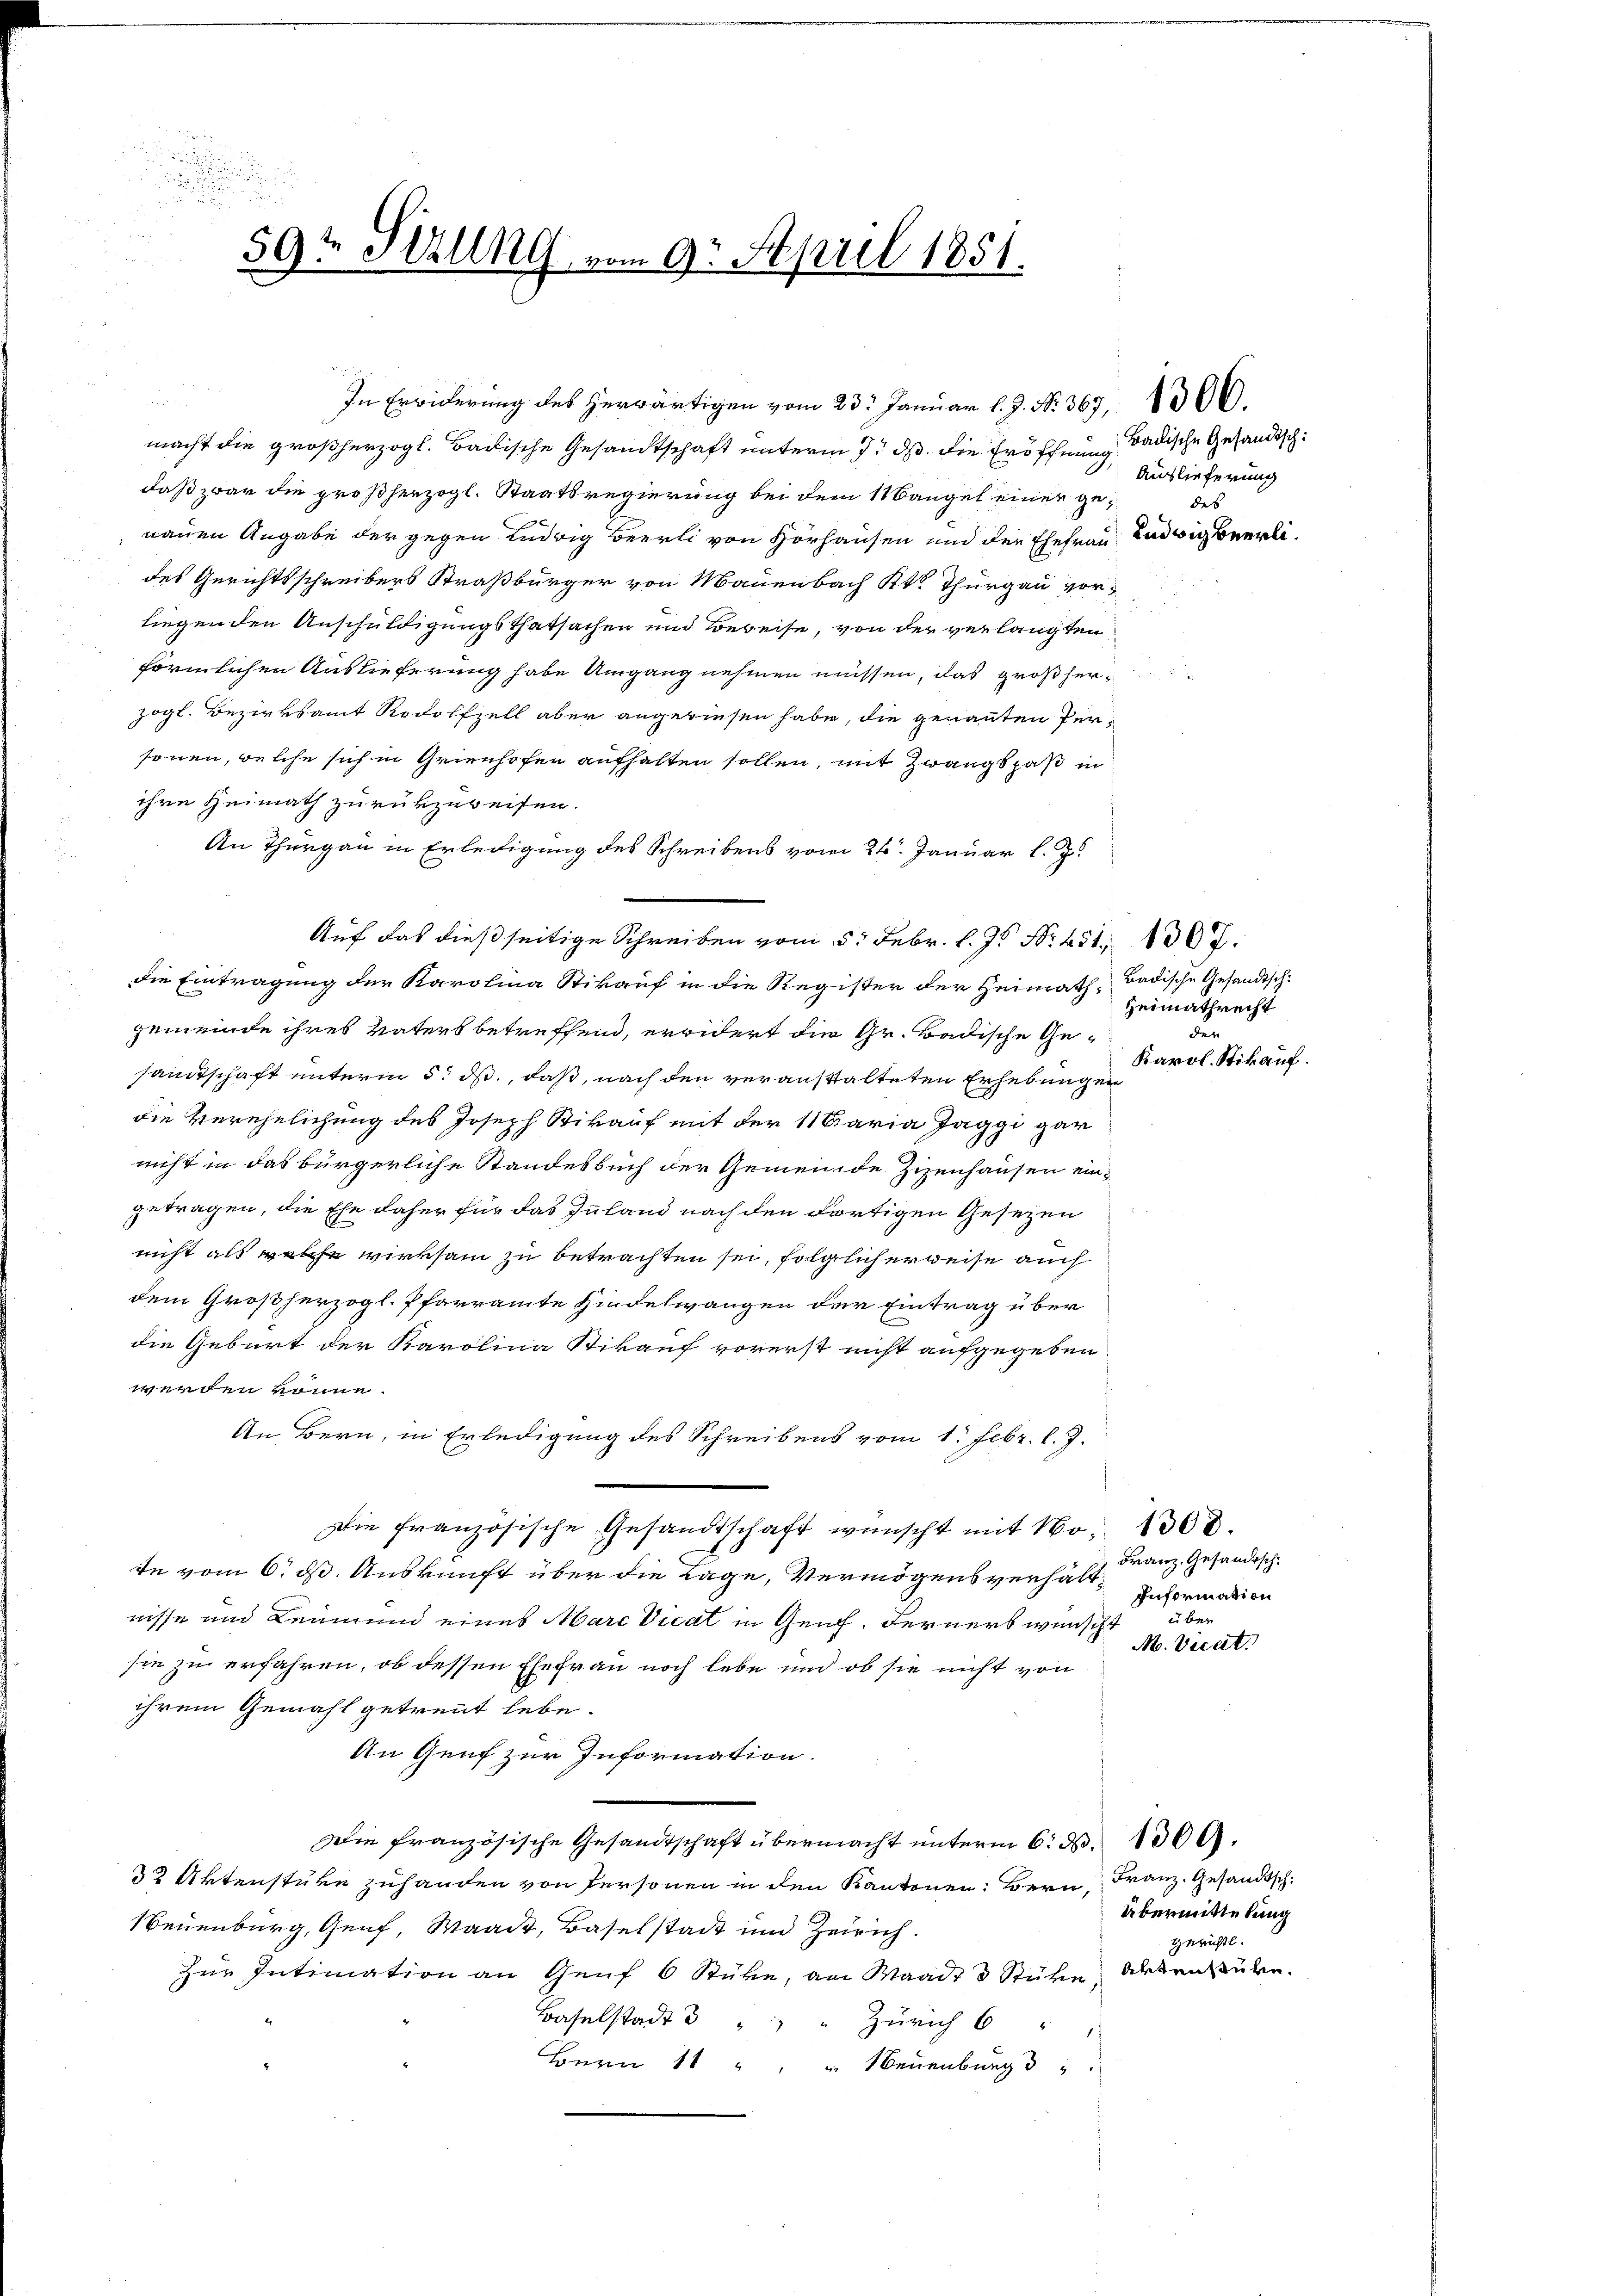
e
u

u
59t Sezung vom 9ten April 1851.

a
macht die großherzogl. Badische Gesandtschaft unterm 9. ds. die Eröffnung dadische Gesandtschdaß zwar die großherzogl. Staatsregierung bei dem Mangel einer genauen Angabe der gegen Ludwig Beerli von Vorhausen und der Ehefrau Ludwig Berlides Gerichtsschreibers Straßbürger von Manenbach Kt. Thurgau vorliegenden Anschuldigungsthatsachen und Beweise, von der verlangten
förmlichen Auslieferung habe Umgang nehmen müssen, das großherzogl. Bezirksamt Rodolfzell aber angewiesen habe, die genannten Personen, welche sich in Grienhofen aufhalten sollen, mit Zwangspaß in
ihre Heimath zurükzuweisen.
An Thurgau in Erledigung des Schreibens vom 26. Januar l. J.
Auf das dießseitige Schreiben vom 5. Febr. l. Js. Nr. 451. 1367.
die Eintragung der Karolina Stikauf in die Register der Heimath Badische Gesandtschgemeinde ihres Vaters betreffend, erwidert die Gr. Badische Gesamtschaft unterm 5. ds., daß, nach den veranstalteten Erhebungen
die Verehelichung des Joseph Rikauf mit der 11 Baria Jaggi gar
nicht in das bürgerliche Standesbuch der Gemeinde Zizenhausen eingetragen, die Ehe daher für das Zuland nach den dortigen Gesezen
nicht als welche wirksam zu betrachten sei, folglich erweise auch
dem Großherzogl. Pfarramte Hindelwangen der Eintrag über
die Geburt der Karolina Sikauf vorerst nicht aufgegeben
werden könne.
An Bern, in Erledigung des Schreibens vom 1. Febr. l. J.
Die französische Gesandtschaft wünscht mit No. 1308.
te vom 6. ds. Auskunft über die Lage, Vermögensverhältnisse und Leumund eines Marc Vicat in Genf. Ferners wünscht
sie zu erfahren, ob dessen Ehefrau noch lebe und ob sie nicht von
ihrem Gemahl getrennt habe.
An Genf zur Information.
Die französische Gesandtschaft übermacht unterm 6. d. 1300.
32 Aktenstüke zuhanden von Personen in den Kantonen: Bern, Franz. Gesandtsch¬
Neuenburg, Genf, Waadt, Baselstadt und Zürich.
zur Intimation an Genf 6 Stüre, an Waadt 3 Stüke Artenstuben.
Baselstadt d
Zürich 6 " "
Bern 14 " " " Neuenburg 3 "

In Erwiderung des herwärtigen vom 23. Januar l. J. N. 367, 1300.

Auslieferung
das |

Heimathrecht
den
Karol. Stikauf.

Franz, Gesandtsch
Information
über
N. Vicet

Übermittelung
Gerichtl.